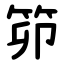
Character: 笷